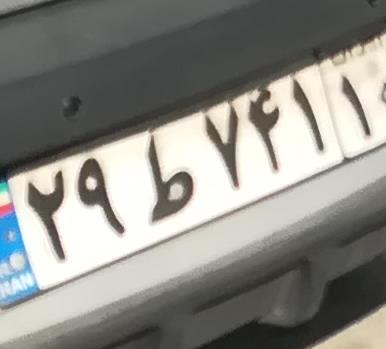
۲۹ط۷۴۱۱۰